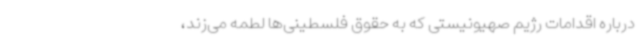
درباره اقدامات رژیم صهیونیستی که به حقوق فلسطینی‌ها لطمه می‌زند،